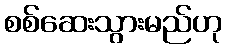
စစ်ဆေးသွားမည်ဟု